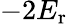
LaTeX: -2E_{\mathrm{r}}